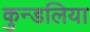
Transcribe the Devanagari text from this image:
कुन्डलिया